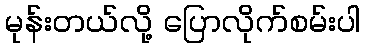
မုန်းတယ်လို့ ပြောလိုက်စမ်းပါ